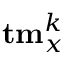
{ \bf t m } _ { x } ^ { k }